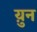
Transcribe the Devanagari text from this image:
य़ुन